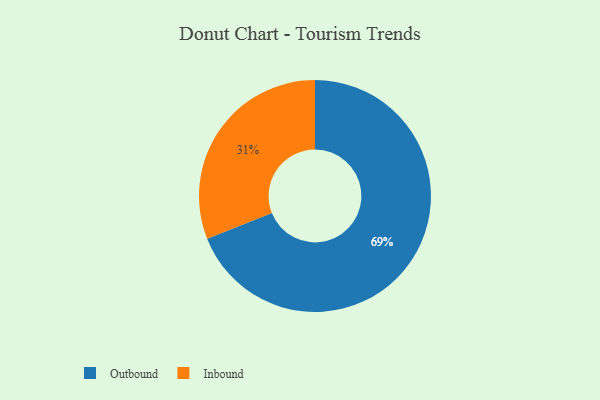
{"axis": {"x": "Category", "y": "Percentage"}, "legend": ["Inbound", "Outbound"], "data": [{"x": "Inbound", "y": 31, "type": "Inbound"}, {"x": "Outbound", "y": 69, "type": "Outbound"}]}